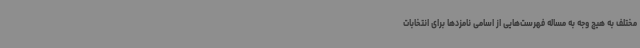
مختلف به هیچ وجه به مساله فهرست‌هایی از اسامی نامزدها برای انتخابات